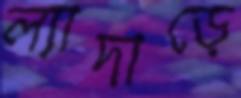
ল্যাদাড়ে